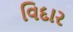
વિદાર